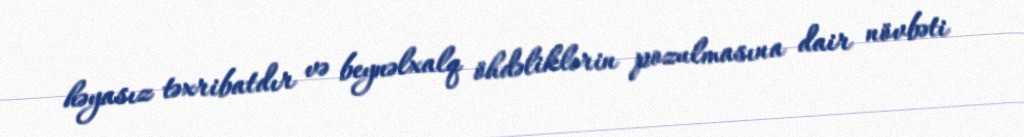
həyasız təxribatdır və beynəlxalq öhdəliklərin pozulmasına dair növbəti